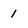
Character: 1